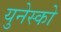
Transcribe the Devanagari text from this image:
युनेस्‍को